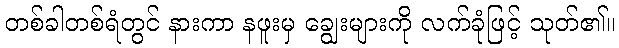
တစ်ခါတစ်ရံတွင် နားကာ နဖူးမှ ချွေးများကို လက်ခုံဖြင့် သုတ်၏။